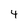
Character: 4